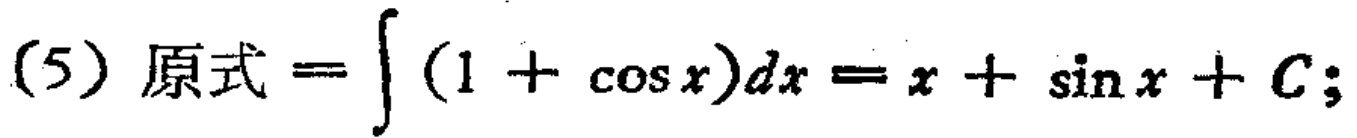
(5) 原式 \(=\int (1 + \cos x)dx=x+\sin x + C;\)